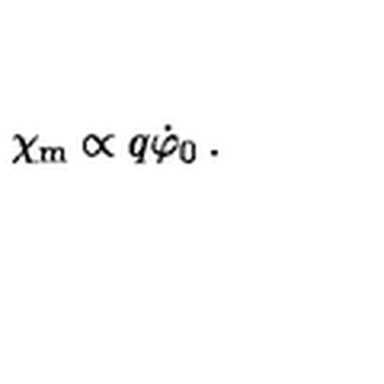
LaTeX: \chi _ { \mathrm { m } } \propto q \dot { \varphi } _ { 0 } \: .